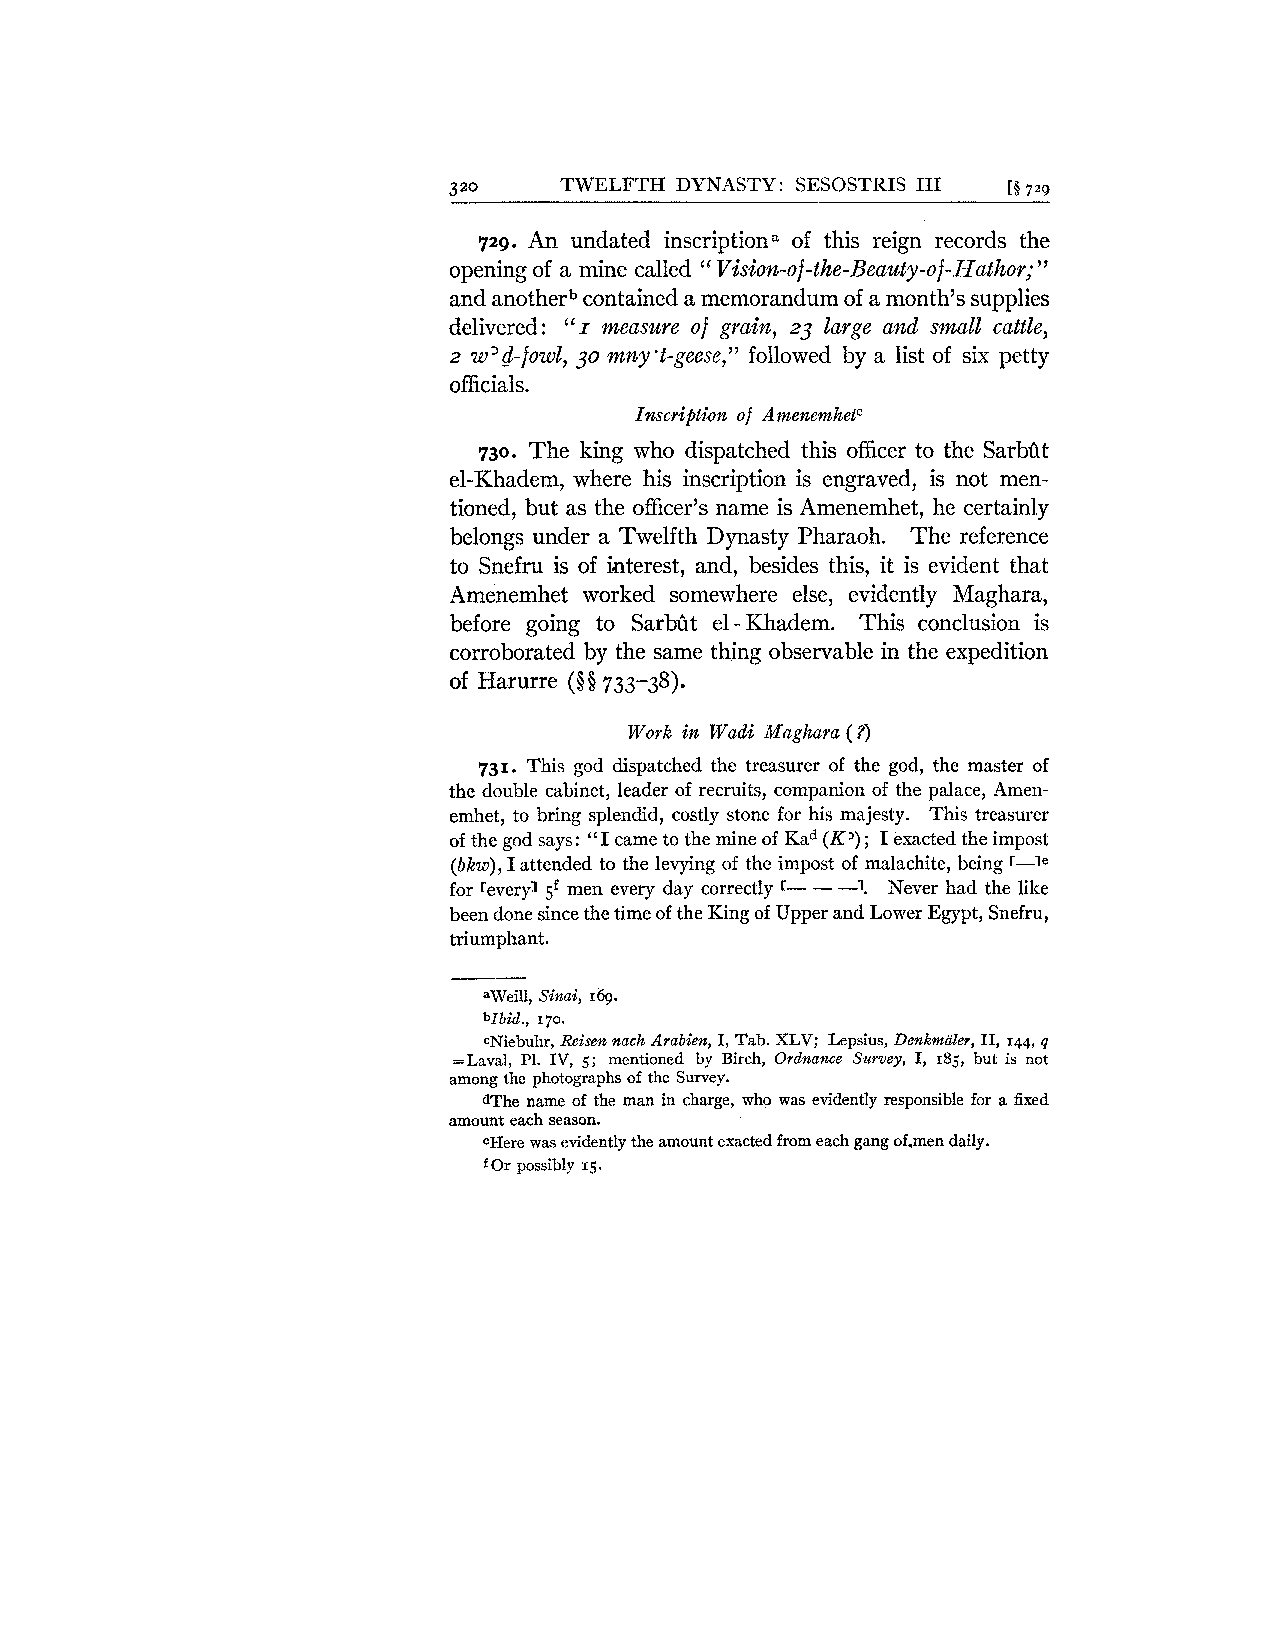
3 20   TWELFTH DYNASTY: SESOSTRIS I11 [Q7 29
 729. An undated inscription. of this reign records the
 opening of a mine called " Vision-of- the-Beauty-of -ha tho^;
 "
 and anotherb contained a memorandum of a month's supplies
 delivered: " r measure of grain, 23 large and small cattle,
 2 w'd-fowl, 30 mny't-geese," followed by a list of six petty
 officials.
 Inscription of Amenemketc
 730. The king who dispatched this officer to the Sarbfit
 el-Khadem, where his inscription is engraved, is not men-
 tioned, but as the officer's name is Amenemhet, he certainly
 belongs under a Twelfth Dynasty Pharaoh. The reference
 to Snefru is of interest, and, besides this, it is evident that
 Amenemhet worked somewhere else, evidently Maghara,
 before going to Sarbfit el- Khadem. This conclusion is
 corroborated by the same thing observable in the expedition
 of Harurre ($$ 733-38).
 Work in Wadi Maghara (?)
 731. This god dispatched the treasurer of the god, the master of
 the double cabinet, leader of recruits, companion of the palace, Amen-
 emhet, to bring splendid, costly stone for his majesty. This treasurer
 of the god says: "I came to the mine of Kad (K') ; I exacted the impost
 (bkw),I attended to the levying of the impost of malachite, being r-le
 for revery1 sf men every day correctly r- - -1. Never had the like
 been done since the time of the King of Upper and Lower Egypt, Snefru,
 triumphant.
 aweill, Sinai, 169.
 bzbid., 170.
 ~NiebuhrR, eisen nach Arabien, I, Tab. XLV; Lepsius, Denkmaler, 11, 144,q
 =Laval, PI. IV, 5; mentioned by Birch, Ordnance Survey, I, 185, but is not
 among the photographs of the Survey.
 dThe name of the man in charge, who was evidently responsible for a fixed
 amount each season.
 eHere was evidently the amount exacted from each gang of.men daily.
 f Or possibly IS.